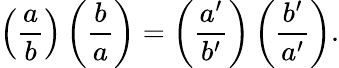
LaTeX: \left({\frac{a}{b}}\right)\left({\frac{b}{a}}\right)=\left({\frac{a^{\prime}}{b^{\prime}}}\right)\left({\frac{b^{\prime}}{a^{\prime}}}\right).